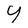
Character: Y